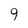
Character: 9